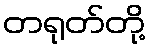
တရုတ်တို့